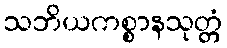
သဘိယကစ္စာနသုတ္တံ